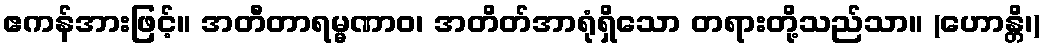
ဧကန်အားဖြင့်။ အတီတာရမ္မဏာဝ၊ အတိတ်အာရုံရှိသော တရားတို့သည်သာ။ (ဟောန္တိ၊)